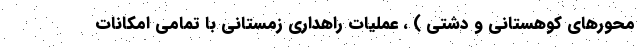
محورهای کوهستانی و دشتی ) ، عملیات راهداری زمستانی با تمامی امکانات